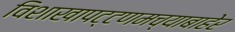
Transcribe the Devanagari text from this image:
विशाखापट्टणमच्याबाहेर